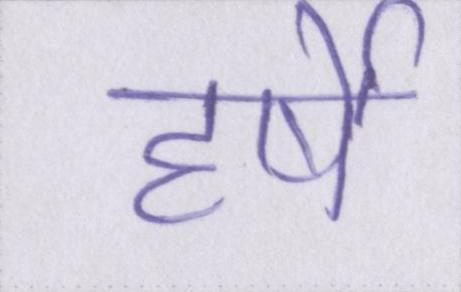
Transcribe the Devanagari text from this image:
हर्षे